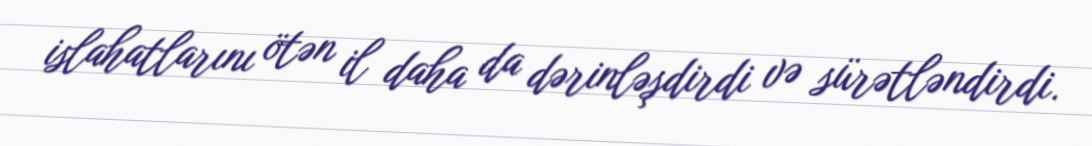
islahatlarını ötən il daha da dərinləşdirdi və sürətləndirdi.